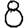
Digit: 8